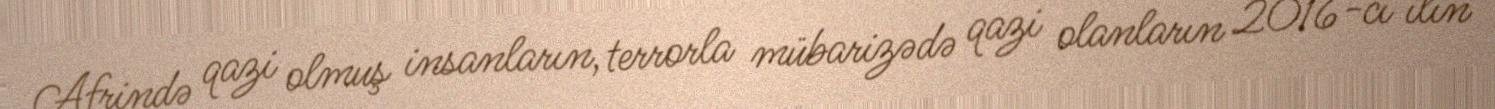
Afrində qazi olmuş insanların, terrorla mübarizədə qazi olanların 2016-ci ilin